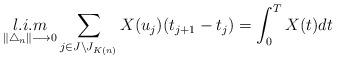
LaTeX: \begin{align*}\displaystyle \mathop{l.i.m}\limits_{\|\bigtriangleup_{n}\| \longrightarrow 0 } \sum_{\substack{j\in J\setminus J_{K(n)}}} X(u_{j})(t_{j+1}-t_{j})=\int_{0}^{T} X(t)dt\end{align*}